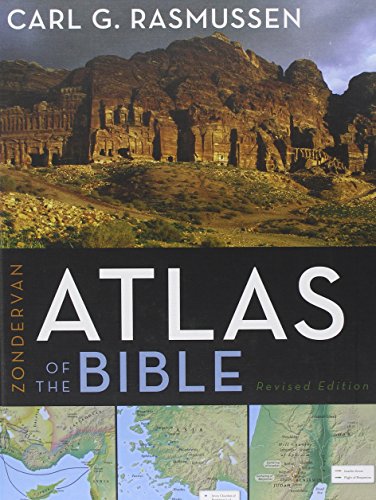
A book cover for Zondervan Atlas of the Bible; Carl G. Rasmussen; Christian Books & Bibles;